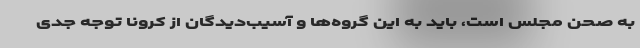
به صحن مجلس است، باید به این گروه‌ها و آسیب‌دیدگان از کرونا توجه جدی